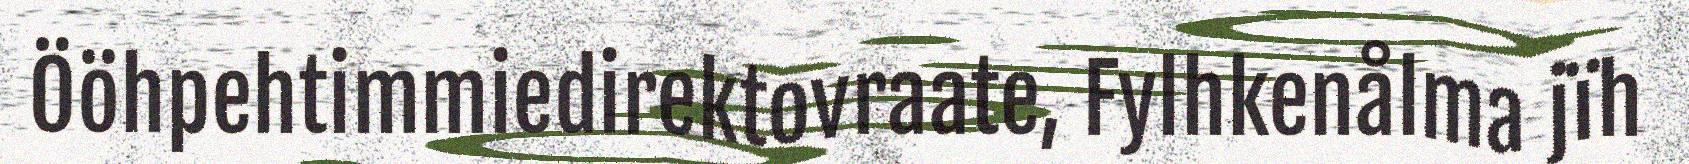
Ööhpehtimmiedirektovraate, Fylhkenålma jïh